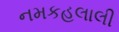
નમકહલાલી